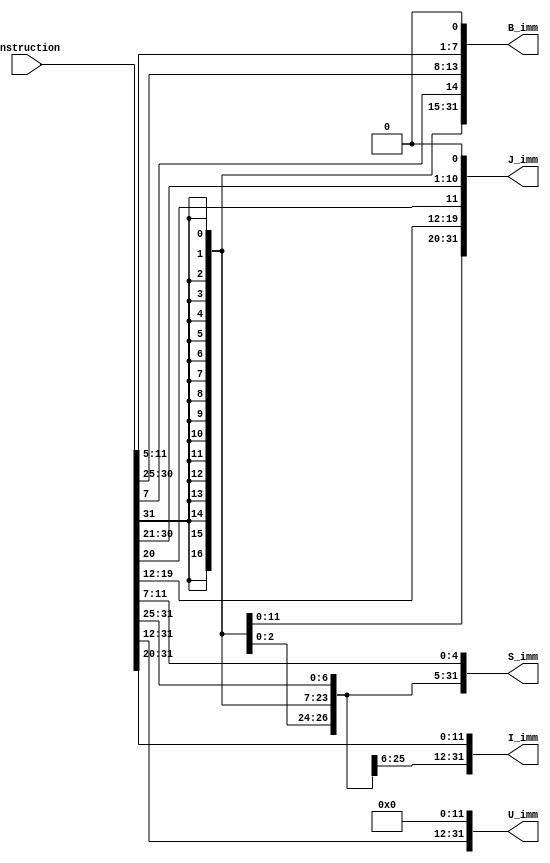
`timescale  1ns/100ps

module Wire_module (
    Instruction,
    B_imm,
    J_imm,
    S_imm,
    U_imm,
    I_imm

);

input  [31:0] Instruction;
output [31:0] B_imm,J_imm,S_imm,U_imm,I_imm;

// sign extention imidiate value for B type 
assign B_imm={{20{Instruction[31]}},Instruction[7],Instruction[30:25],Instruction[11:5],1'b0};
// sign extention imidiate value for J type 
assign J_imm={{12{Instruction[31]}},Instruction[19:12],Instruction[20],Instruction[30:21],1'b0};
// sign extention imidiate value for S type 
assign S_imm={{21{Instruction[31]}},Instruction[30:25],Instruction[11:7]};
// sign extention imidiate value for U type 
assign U_imm={Instruction[31:12],{12{1'b0}}};
// sign extention imidiate value for R type 
assign I_imm={{21{Instruction[31]}},Instruction[30:20]};
    
endmodule